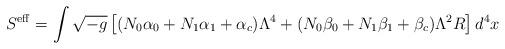
LaTeX: \begin{align*}S^{\rm eff} = \int\sqrt{-g}\left[(N_0\alpha_0+N_1\alpha_1+\alpha_c)\Lambda^4+(N_0\beta_0+N_1\beta_1+\beta_c)\Lambda^2R\right]d^4x \end{align*}